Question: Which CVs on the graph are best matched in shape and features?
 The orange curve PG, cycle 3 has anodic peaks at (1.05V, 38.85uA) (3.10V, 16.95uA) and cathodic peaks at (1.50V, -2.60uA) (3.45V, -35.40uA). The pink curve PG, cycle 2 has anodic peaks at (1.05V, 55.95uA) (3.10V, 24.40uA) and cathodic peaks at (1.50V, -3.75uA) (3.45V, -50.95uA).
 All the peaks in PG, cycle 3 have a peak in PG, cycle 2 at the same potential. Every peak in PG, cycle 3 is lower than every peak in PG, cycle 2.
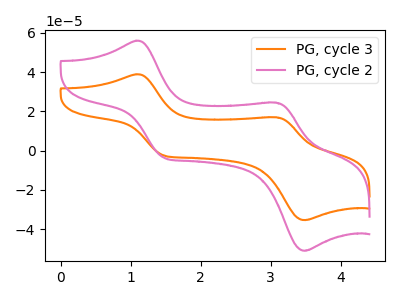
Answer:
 <answer>"PG, cycle 2" and "PG, cycle 3" have the same shape and are likely CV's of the same chemical.</answer>
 <eval>"PG, cycle 2" "PG, cycle 3"</eval>